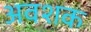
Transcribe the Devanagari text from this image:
अवशक